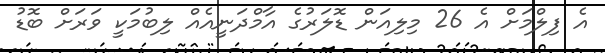
އެ ފިލްމަށް އެ 26 މިލިއަން ޑޮލަރުގެ އާމްދަނީއެއް ލިބުމަކީ ވަރަށް ބޮޑު